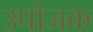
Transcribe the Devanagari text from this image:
उपोजक